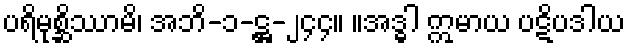
ပရိမုစ္ဆိဿာမိ၊ အဘိ-၁-ဋ္ဌ-၂၄၄။ ။အဒ္ဓါ ဣမာယ ပဋိပဒါယ